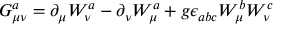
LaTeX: G _ { \mu \nu } ^ { a } = \partial _ { \mu } W _ { \nu } ^ { a } - \partial _ { \nu } W _ { \mu } ^ { a } + g \epsilon _ { a b c } W _ { \mu } ^ { b } W _ { \nu } ^ { c }